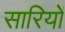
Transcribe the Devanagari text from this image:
सारियों